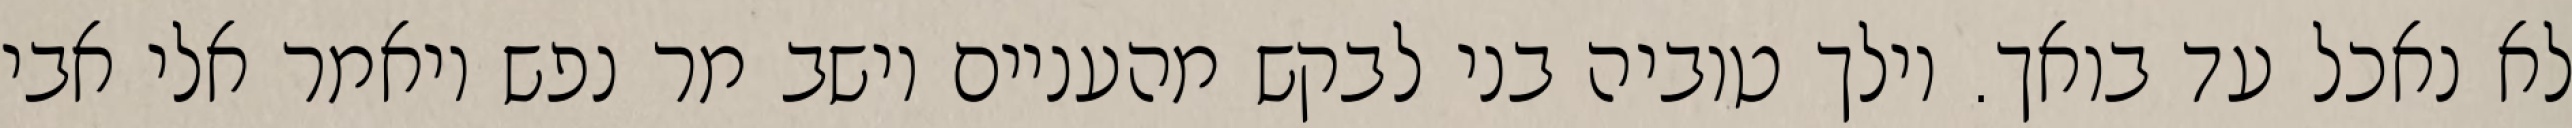
לא נאכל עד בואך. וילך טוביה בני לבקש מהעניים וישב מר נפש ויאמר אלי אבי